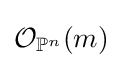
{\mathcal {O}}_{\mathbb {P} ^{n}}(m)